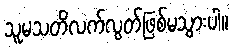
သူမသတိလက်လွတ်ဖြစ်မသွားပါ။